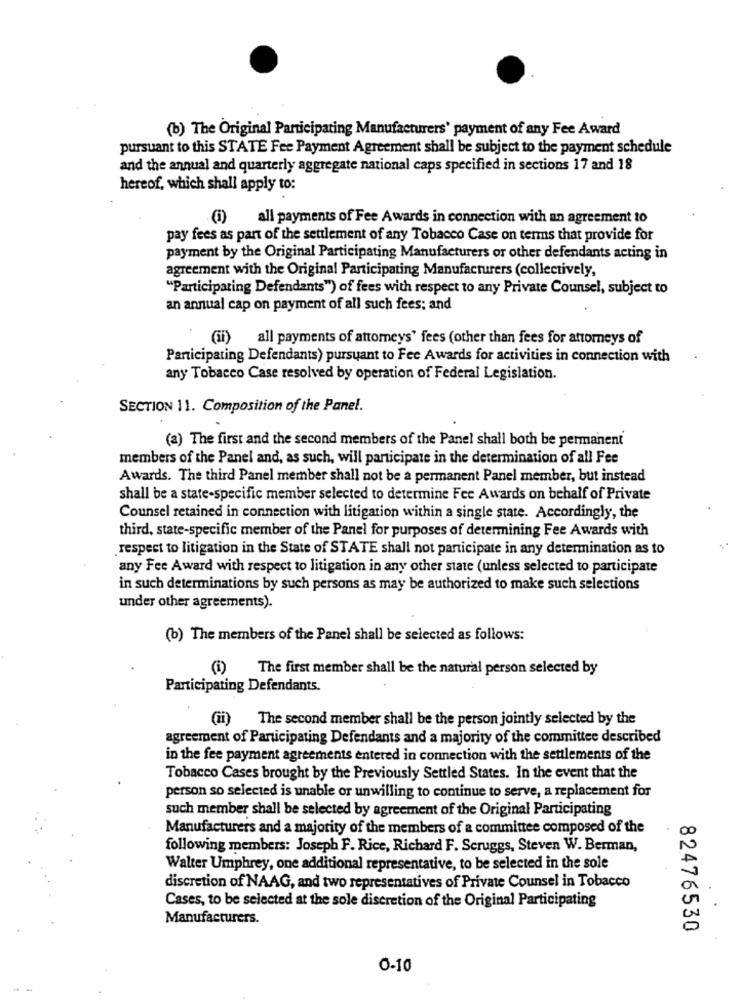
(b) The Original Participating Manufacturers' payment of any Fee Award
pursuant to this STATE Fee Payment Agreement shall be subject to the payment schedule
and the annual and quarterly aggregate national caps specified in sections 17 and 18
hereof, which shall apply to:
all payments of Fee Awards in connection with an agreement to
pay fees as part of the settlement of any Tobacco Case on terms that provide for
payment by the Original Participating Manufacturers or other defendants acting in
agreement with the Original Participating Manufacturers (collectively,
"Participating Defendants") of fees with respect to any Private Counsel, subject to
an annual cap on payment of all such fees; and
(ii) all payments of attorneys' fees (other than fees for attorneys of
Participating Defendants) pursuant to Fee Awards for activities in connection with
any Tobacco Case resolved by operation of Federal Legislation.
SECTION 11. Composition of the Panel.
(a) The first and the second members of the Panel shall both be permanent
members of the Panel and, as such, will participate in the determination of all Fee
Awards. The third Panel member shall not be a permanent Panel member, but instead
shall be a state-specific member selected to determine Fee Awards on behalf of Private
Counsel retained in connection with litigation within a single state. Accordingly, the
third, state-specific member of the Panel for purposes of determining Fee Awards with
respect to litigation in the State of STATE shall not participate in any determination as to
any Fee Award with respect to litigation in any other state (unless selected to participate
in such determinations by such persons as may be authorized to make such selections
under other agreements).
(b) The members of the Panel shall be selected as follows:
(i) The first member shall be the natural person selected by
Participating Defendants.
(ii) The second member shall be the person jointly selected by the
agreement of Participating Defendants and a majority of the committee described
in the fee payment agreements entered in connection with the settlements of the
Tobacco Cases brought by the Previously Settled States. In the event that the
person so selected is unable or unwilling to continue to serve, a replacement for
such member shall be selected by agreement of the Original Participating
Manufacturers and a majority of the members of a committee composed of the
00
following members: Joseph F. Rice, Richard F. Scruggs, Steven W. Berman,
Walter Umphrey, one additional representative, to be selected in the sole
discretion of NAAG, and two representatives of Private Counsel in Tobacco
Cases, to be selected at the sole discretion of the Original Participating
Manufacturers.
0
82476530
0-10
--